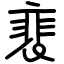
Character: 裵